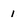
Character: 1